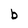
Character: b